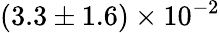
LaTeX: (3.3\pm 1.6)\times 10^{-2}